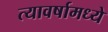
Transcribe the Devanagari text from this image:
त्यावर्षामध्ये